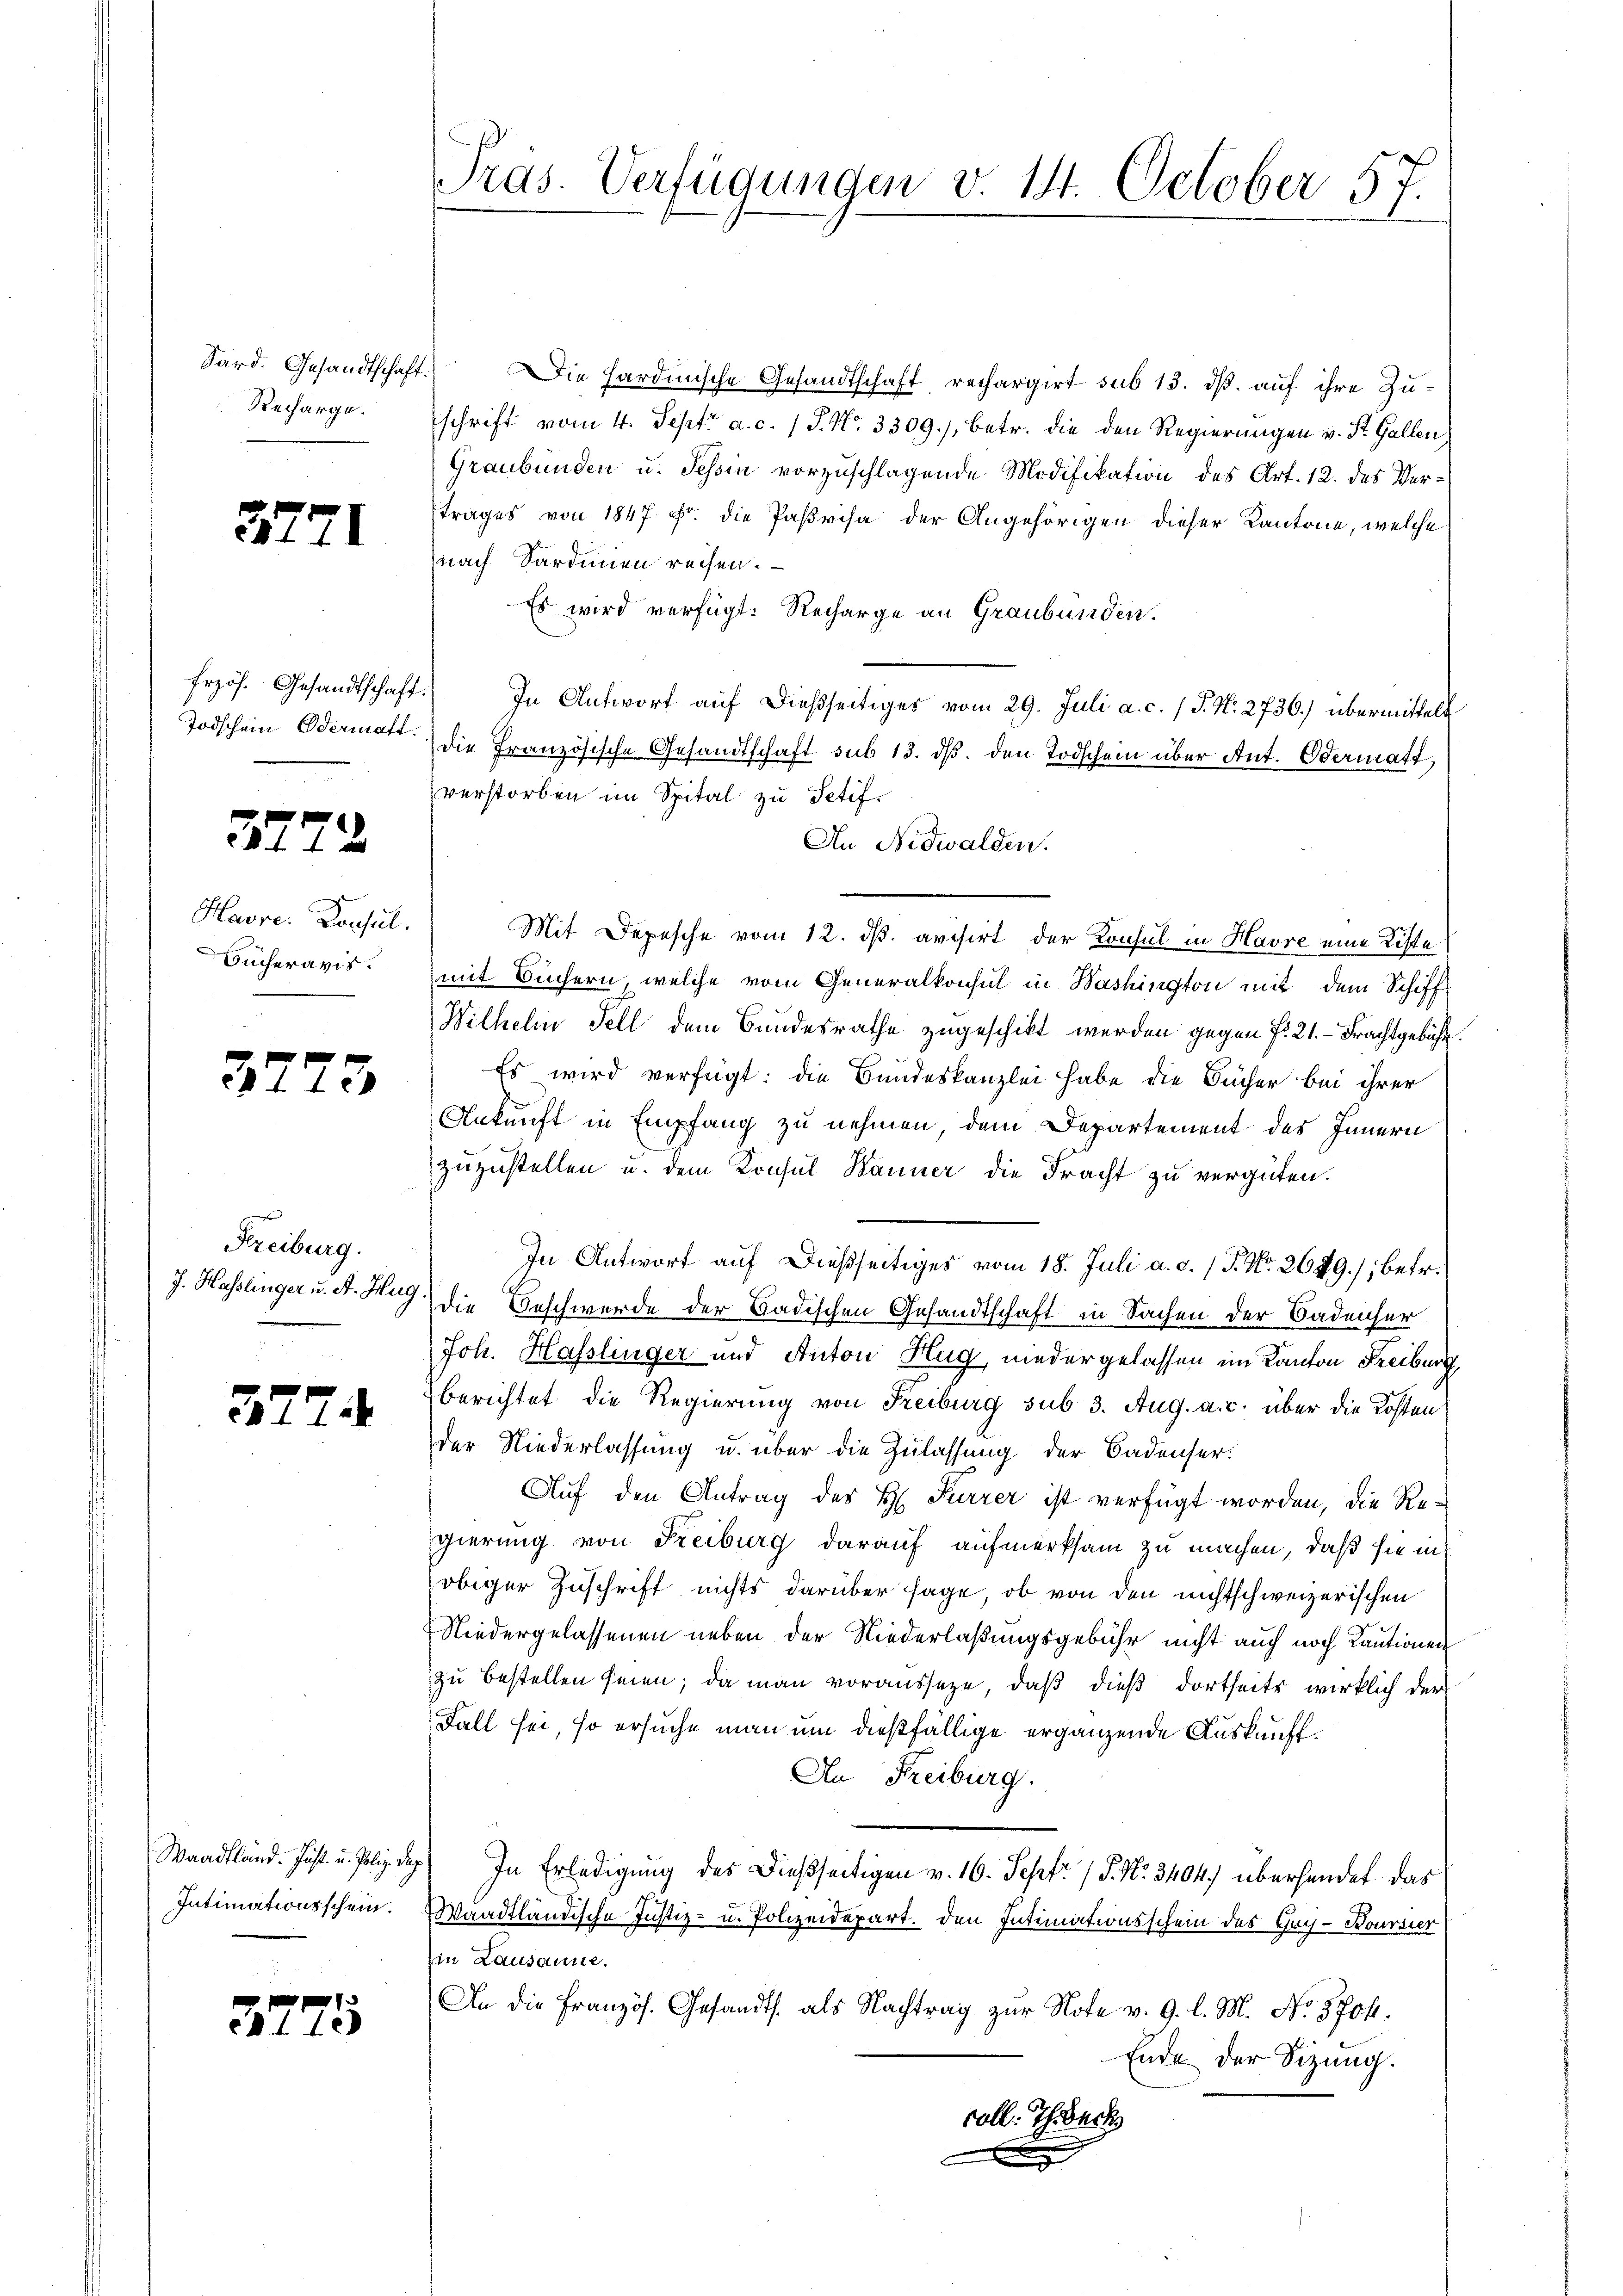
Sard. Gesandtschaft.
Recharge.

3771

Todschein Odermatt.

3772

Havre. Consul
Bücheravis.

3773

Freiburg.
J. Hasslinger u. A. Hug

372.

Waadtland. Just. u. Poliz. Dep
Intimationsschein.

3775

Präs. Verfügungen v. 14. October 57.

Die Hardinische Gesandtschaft rechargirt sub 13. ds. auf ihre Zuschrift vom 4. Sept. a. c. 1 S. Nr. 3309.), betr. die den Regierungen v. St. Gallen
Graubünden u. Tessin vorzuschlagende Modifikation des Art. 12. des Vertrages von 1847 f. die Parisa der Angehörigen dieser Kantone, welche
nach Sardinien reisen.
Es wird verfügt: Recharge an Graubünden.
frzös. Gesandtschaft. In Antwort auf dießseitiges vom 29. Juli a. c. 1 S. N. 2736) übermittelt
die Französische Gesandtschaft sub 13. dβ. den Todschein über Ant. Odermatt,
verstorben im Spital zu Setif¬
An Nidwalden.
Mit Depesche vom 12. ds. avisirt der Konsul in Havre eine Kiste
mit Büchern, welche vom Generalkonsul in Washington mit dem Schiff
Wilhelm Fell dem Bandesrathe zugeschikt werden gegen f. 21. Frachtgebühr.
Es wird verfügt: die Bundeskanzlei habe die Bücher bei ihrer
Ankunft in Empfang zu nehmen, dem Departement des Innern
zuzustellen u. dem Konsul Banner die Fracht zu vergüten.
In Antwort auf dießseitiges vom 18. Juli a. c. 1 P. Nr. 2649.), betr.
die Beschwerde der Badischen Gesandtschaft in Sachen der Badenser
Joh. Hasslinger und Anton Hug, niedergelassen im Kanton Freiburg,
berichtet die Regierung von Freiburg sub 3. Aug. a. c. über die Kosten
der Niederlassung u. über die Zulassung der Badenser
Auf den Antrag des H. Furrer ist verfügt worden, die Regierung von Freiburg darauf aufmerksam zu machen, daß sie in
obiger Zuschrift nichts darüber sage, ob von den nichtschweizerischen
Niedergelassenen neben der Niederlaßungsgebühr nicht auch noch Kautionen
zu bestellen seien; da man vorausseze, daß dieß dortseits wirklich der
Fall sei, so ersuche man um dießfällige ergänzende Auskunft.
An Freiburg.
In Erledigung des Dießseitigen v. 16. Sept. 1 S. Nr. 3404) überhandet das
Waadtländische Justiz- u. Polizeidepart. den Intimationsschein des Goy - Boursier
in Lausanne.
An die Französ. Gesandts. als Nachtrag zur Note v. 9. l. M. No. 370 f.
Ende der Sitzung.
voll. Ihrbeck
E